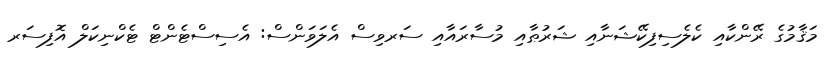
މަޤާމުގެ ރޭންކާއި ކެލެސިފިކޭޝަނާއި ޝަރުޠާއި މުސާރައާއި ސަރވިސް އެލަވަންސް: އެސިސްޓެންޓް ޓެކްނިކަލް އޮފިސަރ